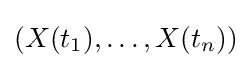
(X(t_{1}),\ldots ,X(t_{n}))